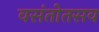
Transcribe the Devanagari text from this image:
वसंतोतसव